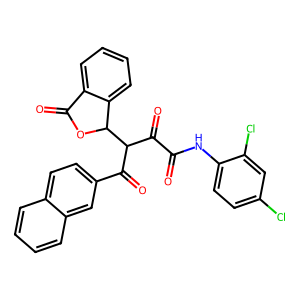
SMILES: O=C(Nc1ccc(Cl)cc1Cl)C(=O)C(C(=O)c1ccc2ccccc2c1)C1OC(=O)c2ccccc21
Inhibits HIV replication: No